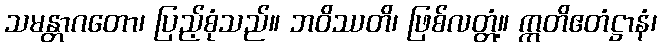
သမန္တာဂတော၊ ပြည့်စုံသည်။ ဘဝိဿတိ၊ ဖြစ်လတ္တံ့။ ဣတိဧတံဋ္ဌာနံ၊